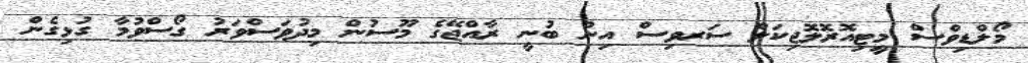
މޯލްޑިވްސް މީޓިއޮރޮލޮޖިކަލް ސަރވިސް އިން ބުނީ ރާއްޖޭގެ މޫސުން މިދުވަސްވަރު ގޯސްވުމާ ގުޅިގެން